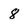
Character: 8